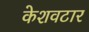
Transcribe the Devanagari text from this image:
केशवटार